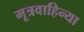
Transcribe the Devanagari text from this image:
मूत्रवाहिन्या